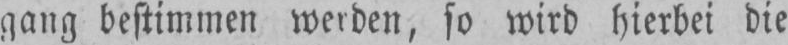
gang bestimmen werden, so wird hierbei die